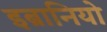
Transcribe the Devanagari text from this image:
इब्रानियो